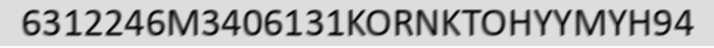
6312246M3406131KORNKTOHYYMYH94